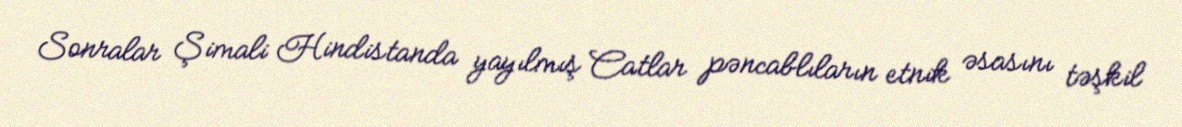
Sonralar Şimali Hindistanda yayılmış Catlar pəncablıların etnik əsasını təşkil